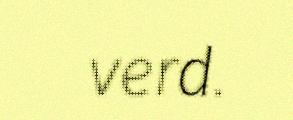
verd.